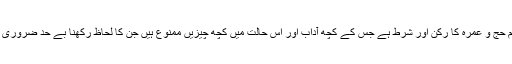
احرام حج و عمرہ کا رکن اور شرط ہے جس کے کچھ آداب اور اس حالت میں کچھ چیزیں ممنوع ہیں جن کا لحاظ رکھنا بے حد ضروری ہے۔